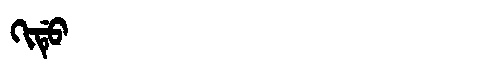
Manchu: ᡴᡳᡩᡠ
Romanization: KIDU